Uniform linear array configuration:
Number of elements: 48
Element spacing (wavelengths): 0.25
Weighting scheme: exponential
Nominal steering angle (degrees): -30
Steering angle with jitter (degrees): -28.631
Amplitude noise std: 0.05
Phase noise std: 0.05

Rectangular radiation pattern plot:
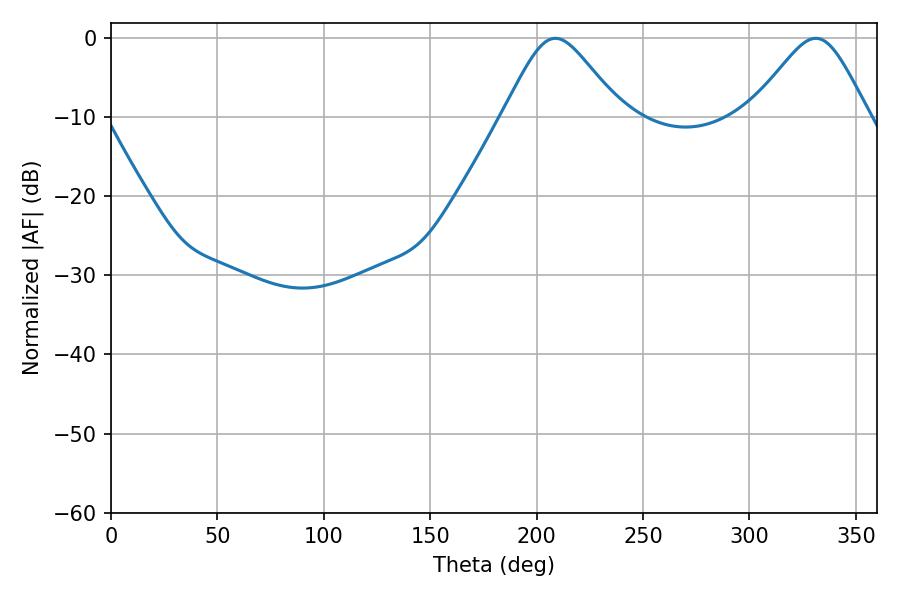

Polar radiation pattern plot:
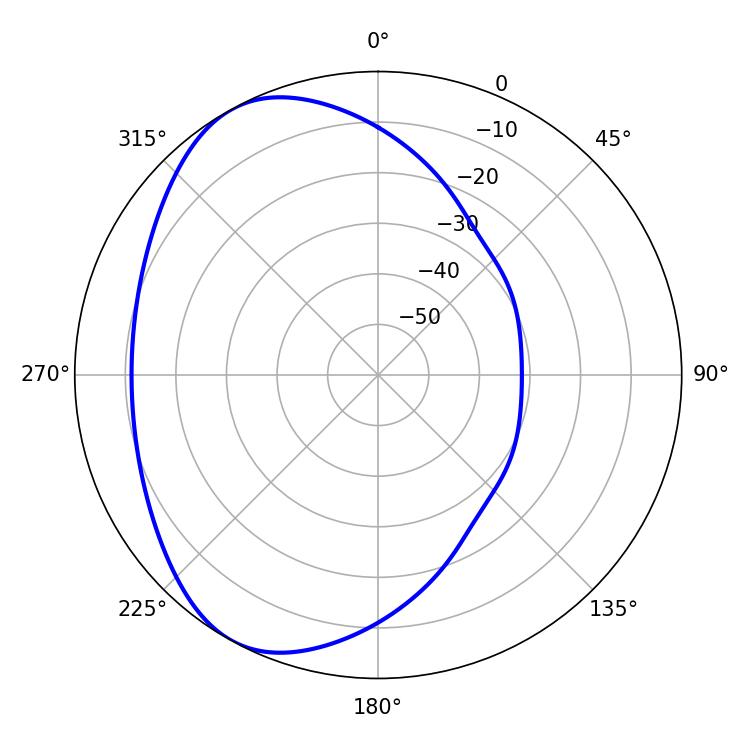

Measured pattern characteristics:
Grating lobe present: FALSE
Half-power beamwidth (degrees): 26.82
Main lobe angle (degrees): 208.8